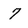
Character: 7